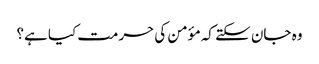
وہ جان سکتے کہ مؤمن کی حرمت کیا ہے؟